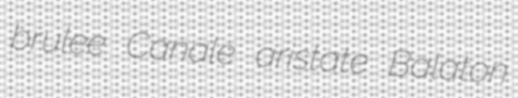
brulee Canale aristate Balaton